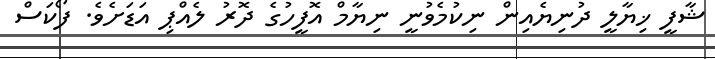
ޝާފީ ޚިޔާލީ ދުނިޔެއިން ނިކުމެވުނީ ނިޔާމް އޮފީހުގެ ދޮރު ލެއްޕި އަޑަށެވެ. ފޯކަސް